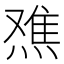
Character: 𬊾